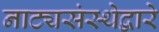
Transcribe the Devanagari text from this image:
नाट्यसंस्थेद्वारे